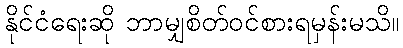
နိုင်ငံရေးဆို ဘာမျှစိတ်ဝင်စားရမှန်းမသိ။